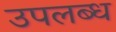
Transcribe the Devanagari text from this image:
उपलब्ध